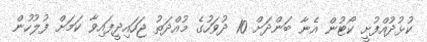
ކުޅުދުއްފުށީ ކޯޓުން އެނާ ބަންދަށް 10 ދުވަހުގެ މުއްދަތު ޖަހައިދީފައިވާ ކަމަށް ފުލުހުން